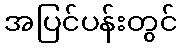
အပြင်ပန်းတွင်